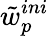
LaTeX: \tilde{w}_{p}^{ini}